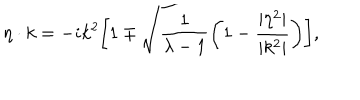
\eta \cdot k = - i k ^ { 2 } \biggl [ 1 \mp \sqrt { { \frac { 1 } { \lambda - 1 } } \biggl ( 1 - { \frac { | \eta ^ { 2 } | } { | k ^ { 2 } | } } } \biggr ) \biggr ] ,